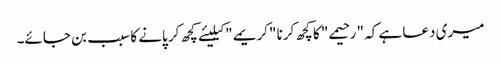
میری دعا ہے کہ "رحیمے" کا کچھ کرنا "کریمے" کیلیئے کچھ کر پانے کا سبب بن جائے۔